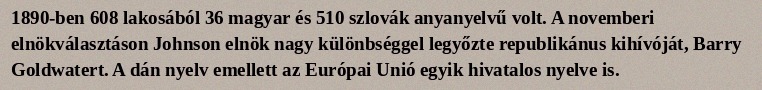
1890-ben 608 lakosából 36 magyar és 510 szlovák anyanyelvű volt. A novemberi elnökválasztáson Johnson elnök nagy különbséggel legyőzte republikánus kihívóját, Barry Goldwatert. A dán nyelv emellett az Európai Unió egyik hivatalos nyelve is.